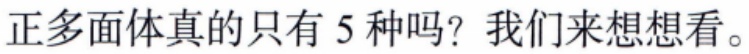
正多面体真的只有 5 种吗？我们来想想看。